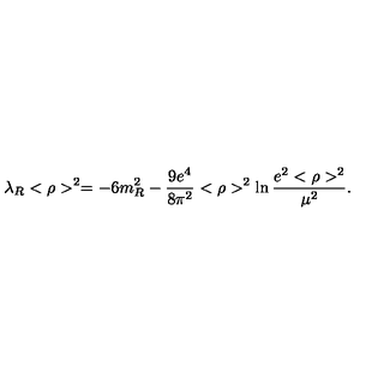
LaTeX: \lambda _ { R } < \rho > ^ { 2 } = - 6 m _ { R } ^ { 2 } - \frac { 9 e ^ { 4 } } { 8 \pi ^ { 2 } } < \rho > ^ { 2 } \ln \frac { e ^ { 2 } < \rho > ^ { 2 } } { \mu ^ { 2 } } .